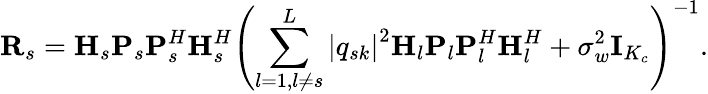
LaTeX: \mathbf{R}_{s}=\mathbf{H}_{s}\mathbf{P}_{s}\mathbf{P}_{s}^{H}\mathbf{H}_{s}^{H}\left(\sum_{l=1,l\neq s}^{L}\left|q_{sk}\right|^{2}\mathbf{H}_{l}\mathbf{P}_{l}\mathbf{P}_{l}^{H}\mathbf{H}_{l}^{H}+\sigma_{w}^{2}\mathbf{I}_{K_{c}}\right)^{-1}.